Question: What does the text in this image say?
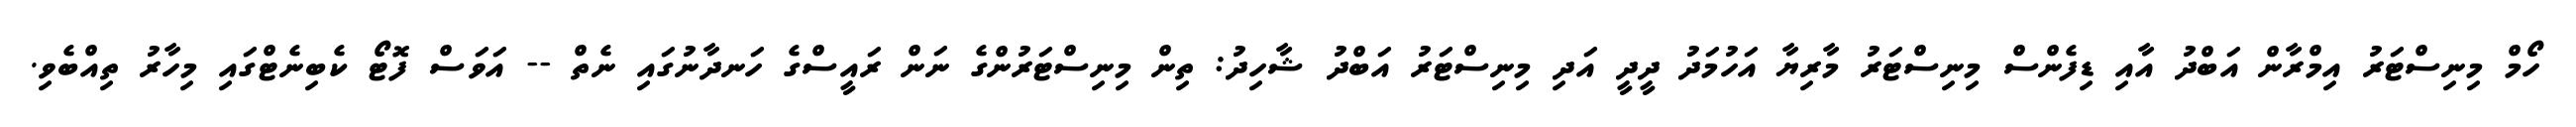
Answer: ހޯމް މިނިސްޓަރު އިމްރާން އަބްދު އާއި ޑިފެންސް މިނިސްޓަރު މާރިޔާ އަހުމަދު ދީދީ އަދި މިނިސްޓަރު އަބްދު ޝާހިދު: ތިން މިނިސްޓަރުންގެ ނަން ރައީސްގެ ހަނދާނުގައި ނެތް -- އަވަސް ފޮޓޯ ކެބިނެޓްގައި މިހާރު ތިއްބެވި.